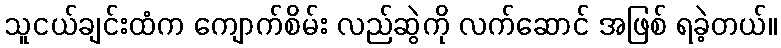
သူငယ်ချင်းထံက ကျောက်စိမ်း လည်ဆွဲကို လက်ဆောင် အဖြစ် ရခဲ့တယ်။